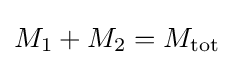
M_{1}+M_{2}=M_{\mathrm {tot} }